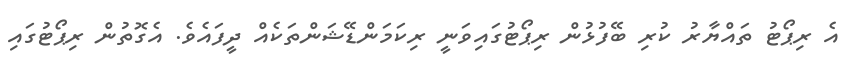
އެ ރިޕޯޓު ތައްޔާރު ކުރި ބޭފުޅުން ރިޕޯޓުގައިވަނީ ރިކަމަންޑޭޝަންތަކެއް ދީފައެވެ. އެގޮތުން ރިޕޯޓުގައި